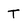
Character: T